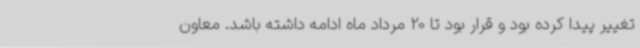
تغییر پیدا کرده بود و قرار بود تا 20 مرداد ماه ادامه داشته باشد. معاون